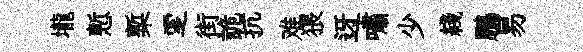
壠慙槧覂街詭抗难猥迓嘯少綫鵬易